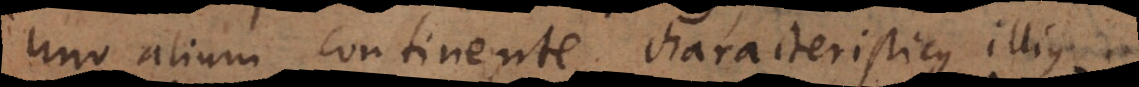
uno alium continente, characteristicus illius